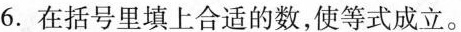
6.在括号里填上合适的数，使等式成立。